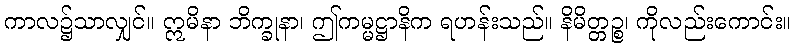
ကာလ၌သာလျှင်။ ဣမိနာ ဘိက္ခုနာ၊ ဤကမ္မဋ္ဌာနိက ရဟန်းသည်။ နိမိတ္တဉ္စ၊ ကိုလည်းကောင်း။